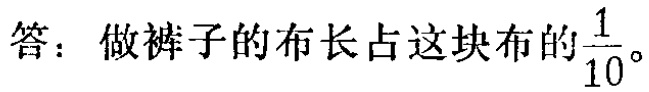
答：做裤子的布长占这块布的$\frac{1}{10}$。